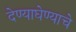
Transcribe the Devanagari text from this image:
देण्याघेण्याचे